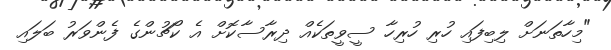
"މިހާތަނަށް ލިބިފައި ހުރި ހުރިހާ ސީވީތަކެއް ދިރާސާކޮށް އެ ކޯޗުންގެ ފެންވަރު ބަލައި